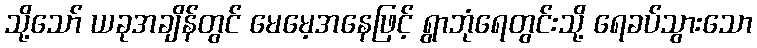
သို့သော် ယခုအချိန်တွင် မေမေ့အနေဖြင့် ရွာဘုံရေတွင်းသို့ ရေခပ်သွားသော